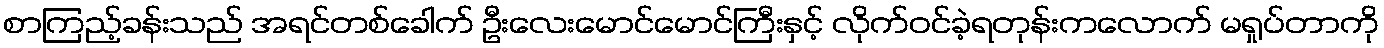
စာကြည့်ခန်းသည် အရင်တစ်ခေါက် ဦးလေးမောင်မောင်ကြီးနှင့် လိုက်ဝင်ခဲ့ရတုန်းကလောက် မရှုပ်တာကို